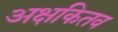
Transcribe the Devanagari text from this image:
अक्षकितव